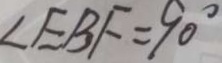
\angle E B F = 9 0 ^ { \circ }